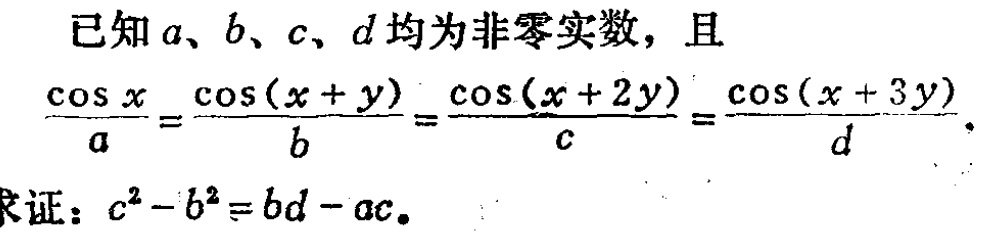
已知\(a\)、\(b\)、\(c\)、\(d\)均为非零实数，且

\(\frac{\cos x}{a}=\frac{\cos(x + y)}{b}=\frac{\cos(x + 2y)}{c}=\frac{\cos(x + 3y)}{d}\)，

求证：\(c^{2}-b^{2}=bd - ac\)。